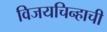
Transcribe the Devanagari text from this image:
विजयचिन्हाची